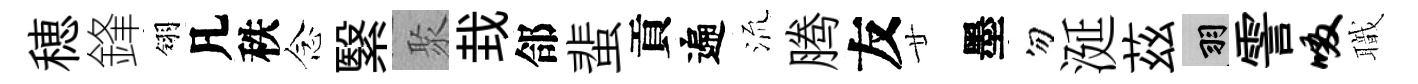
穂鋒翎凡秩念繄聚㘽郃蜚貢遍𣴑腾友廿墨勿涎茲羽霅啜職